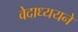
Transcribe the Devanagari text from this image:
वेदाध्ययने